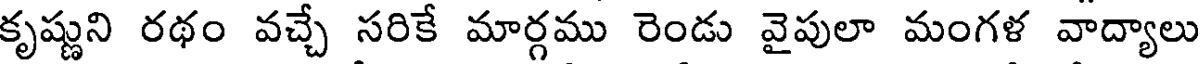
కృష్ణుని రథం వచ్చే సరికే మార్గము రెండు వైపులా మంగళ వాద్యాలు